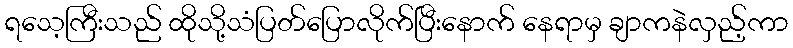
ရသေ့ကြီးသည် ထိုသို့သံပြတ်ပြောလိုက်ပြီးနောက် နေရာမှ ချာကနဲလှည့်ကာ